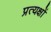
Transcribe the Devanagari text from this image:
प्रत्यक्षों